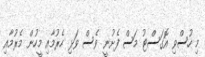
މި ހުސްވި އޮގަސްޓު މަސް ފެށުނީ ވެސް ވަޅި ހެރުމާއި މީހުން މެރުމާއި